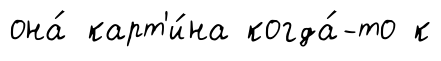
она́ карт'и́на когда́-то к